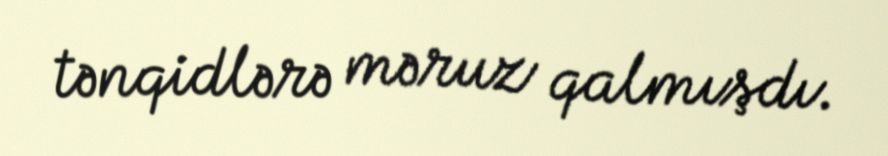
tənqidlərə məruz qalmışdı.